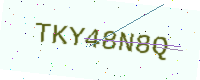
Text: TKY48N8Q